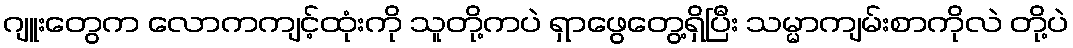
ဂျူးတွေက လောကကျင့်ထုံးကို သူတို့ကပဲ ရှာဖွေတွေ့ရှိပြီး သမ္မာကျမ်းစာကိုလဲ တို့ပဲ